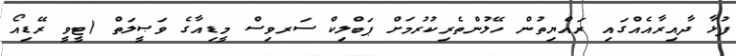
ފުޅާ ދާއިރާއެއްގައި ރައްޔިތުން ހޭލުންތެރިކުރުމަށް ޕަބްލިކް ސަރވިސް މީޑިއާގެ ވަޞީލަތް (ޓީވީ ރޭޑިއޯ